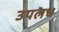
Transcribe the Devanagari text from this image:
उपलध